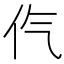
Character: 㐹